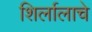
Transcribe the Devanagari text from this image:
शिर्लालाचे